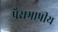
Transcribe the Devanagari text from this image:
पैराभाषीय